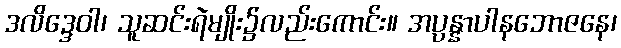
ဒလိဒ္ဒေဝါ၊ သူဆင်းရဲမျိုး၌လည်းကောင်း။ အပ္ပန္နာပါနဘောဇနေ၊